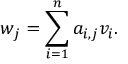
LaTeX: w _ { j } = \sum _ { i = 1 } ^ { n } a _ { i , j } v _ { i } .